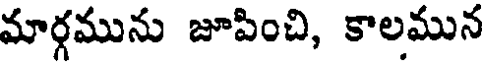
మార్గమును జూపించి, కాలమున